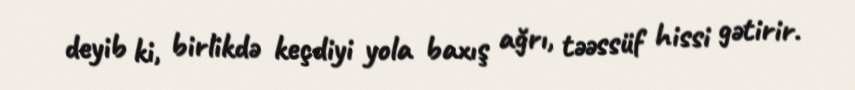
deyib ki, birlikdə keçdiyi yola baxış ağrı, təəssüf hissi gətirir.